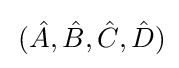
\,({\hat {A}},{\hat {B}},{\hat {C}},{\hat {D}})